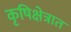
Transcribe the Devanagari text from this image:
कृषिक्षेत्रात